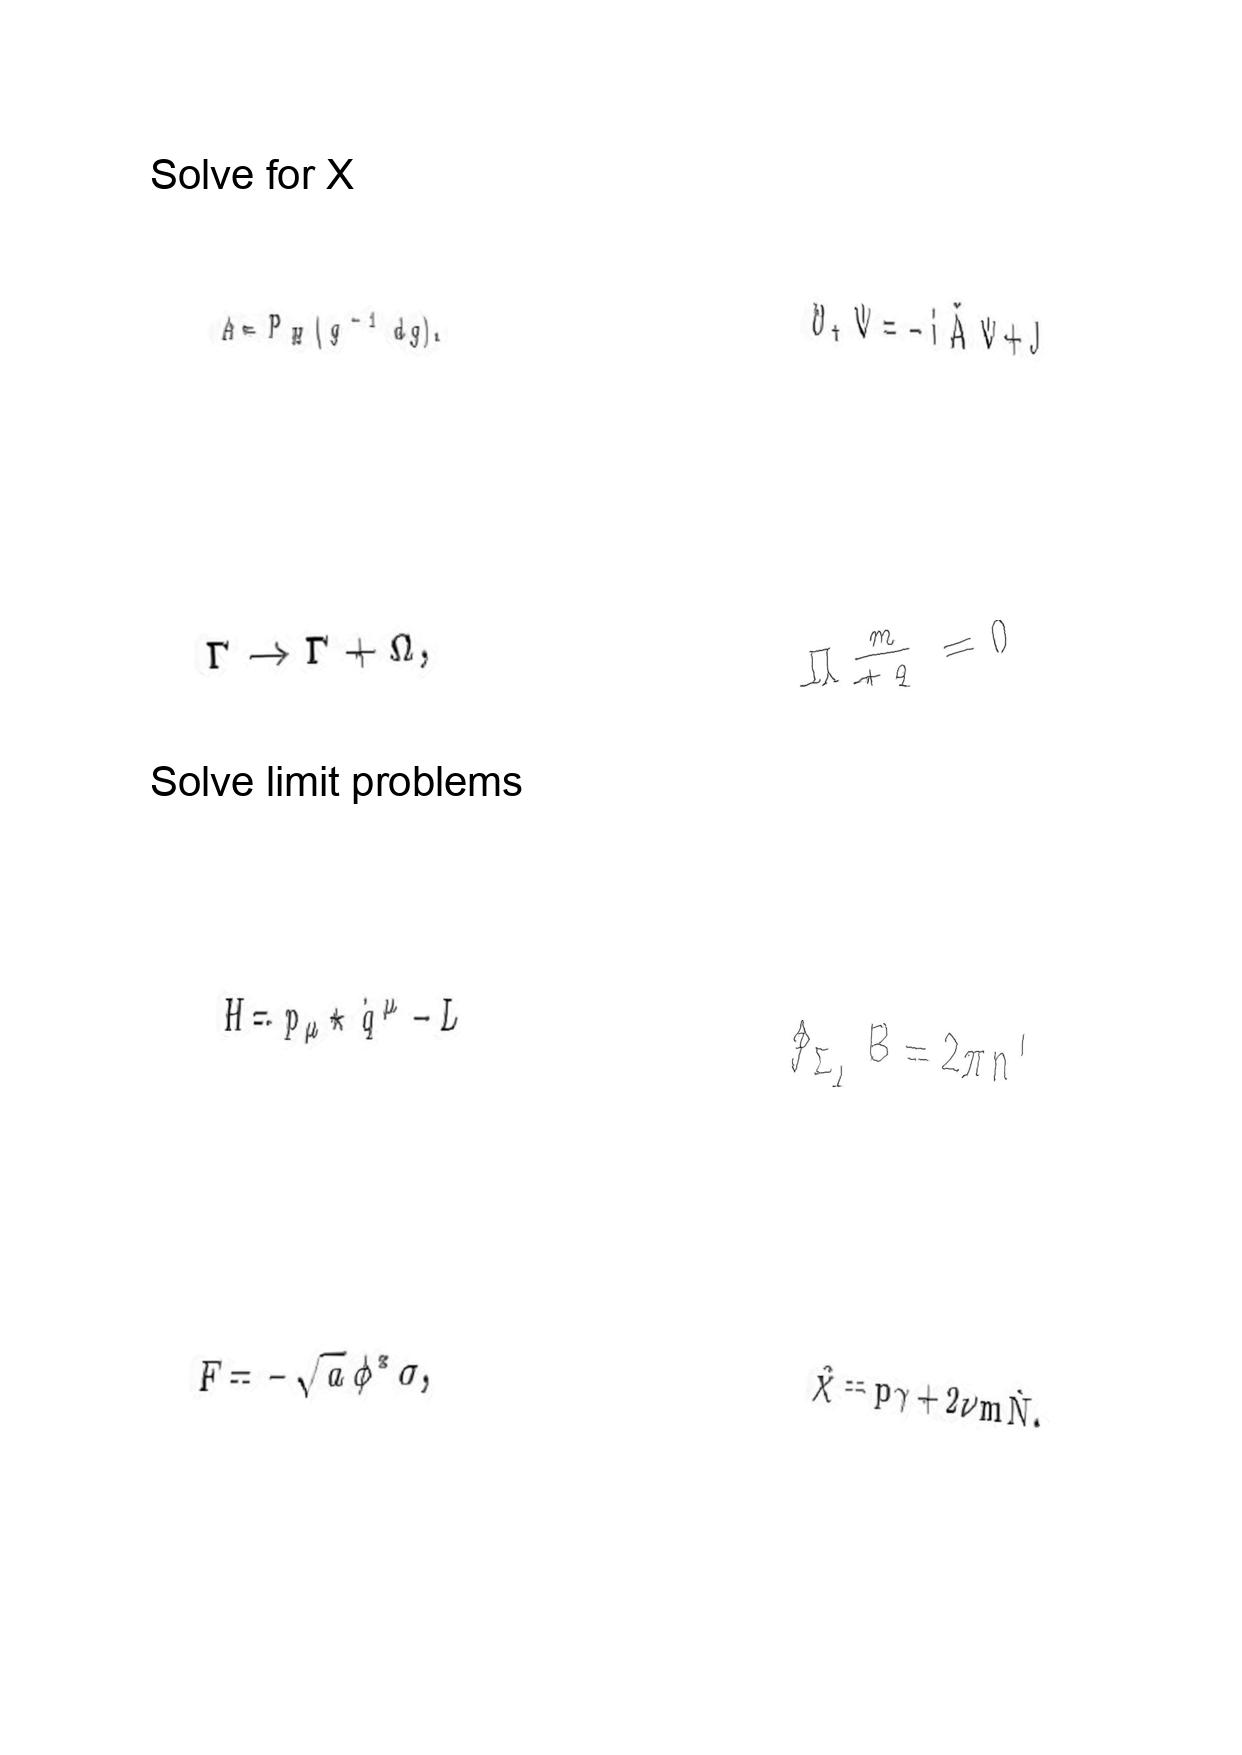
LaTeX transcription:
A = P _ { H } \lparen g ^ { - 1 } d g \rparen .
\Gamma \rightarrow \Gamma + \Omega ,
H = p _ { \mu } \star \dot { q } ^ { \mu } - L
F = - \sqrt { a } \phi ^ { \ast } \sigma ,
\partial _ { t } \Psi = - i \tilde { A } \Psi + J
\Pi _ { + q } ^ { \underline { m } } = 0
\oint _ { \Sigma _ { I } } B = 2 \pi n ^ { I }
\hat { \chi } = p \gamma + 2 \nu m \hat { N } .